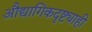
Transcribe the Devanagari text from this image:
औद्यागिकदृष्ट्याही